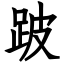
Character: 跛